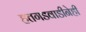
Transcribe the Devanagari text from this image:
हतगडवाडीनेही